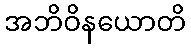
အဘိဝိနယောတိ